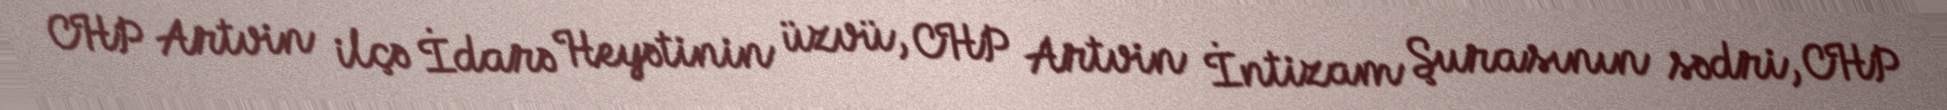
CHP Artvin ilçə İdarə Heyətinin üzvü, CHP Artvin İntizam Şurasının sədri, CHP